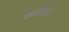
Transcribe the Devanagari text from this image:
कीजियेगा